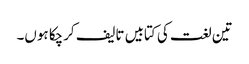
تین لغت کی کتابیں تالیف کرچکا ہوں۔